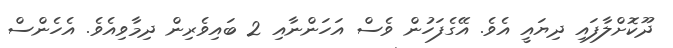
ދޫކޮށްލާފައި ދިޔައީ އެވެ. އޭގެފަހުން ވެސް އަހަންނާއި 2 ބައިވެރިން ދިމާވިއެވެ. އެހެންސް